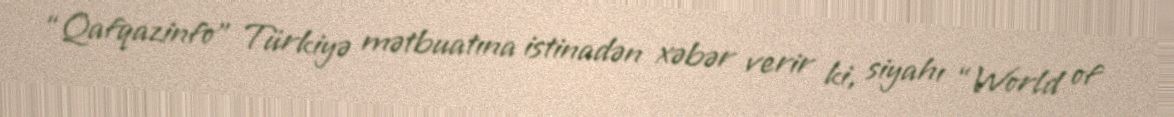
“Qafqazinfo” Türkiyə mətbuatına istinadən xəbər verir ki, siyahı “World of